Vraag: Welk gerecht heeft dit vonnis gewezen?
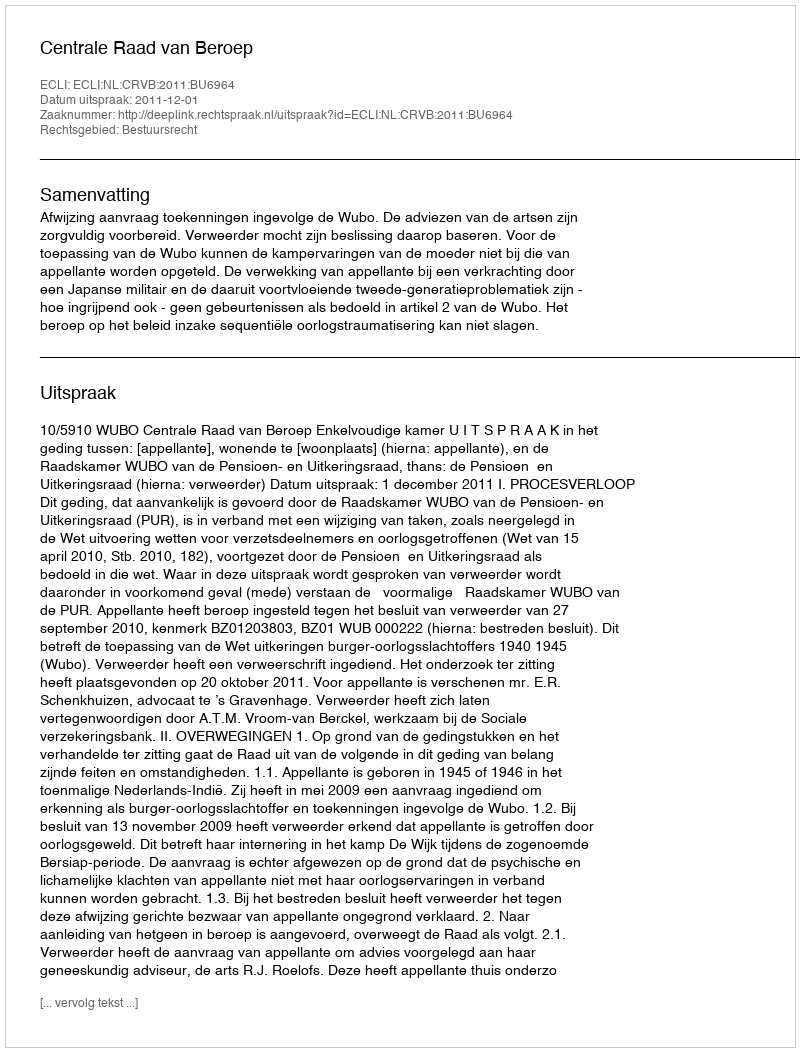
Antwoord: Centrale Raad van Beroep